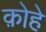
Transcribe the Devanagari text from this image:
क़ोहे